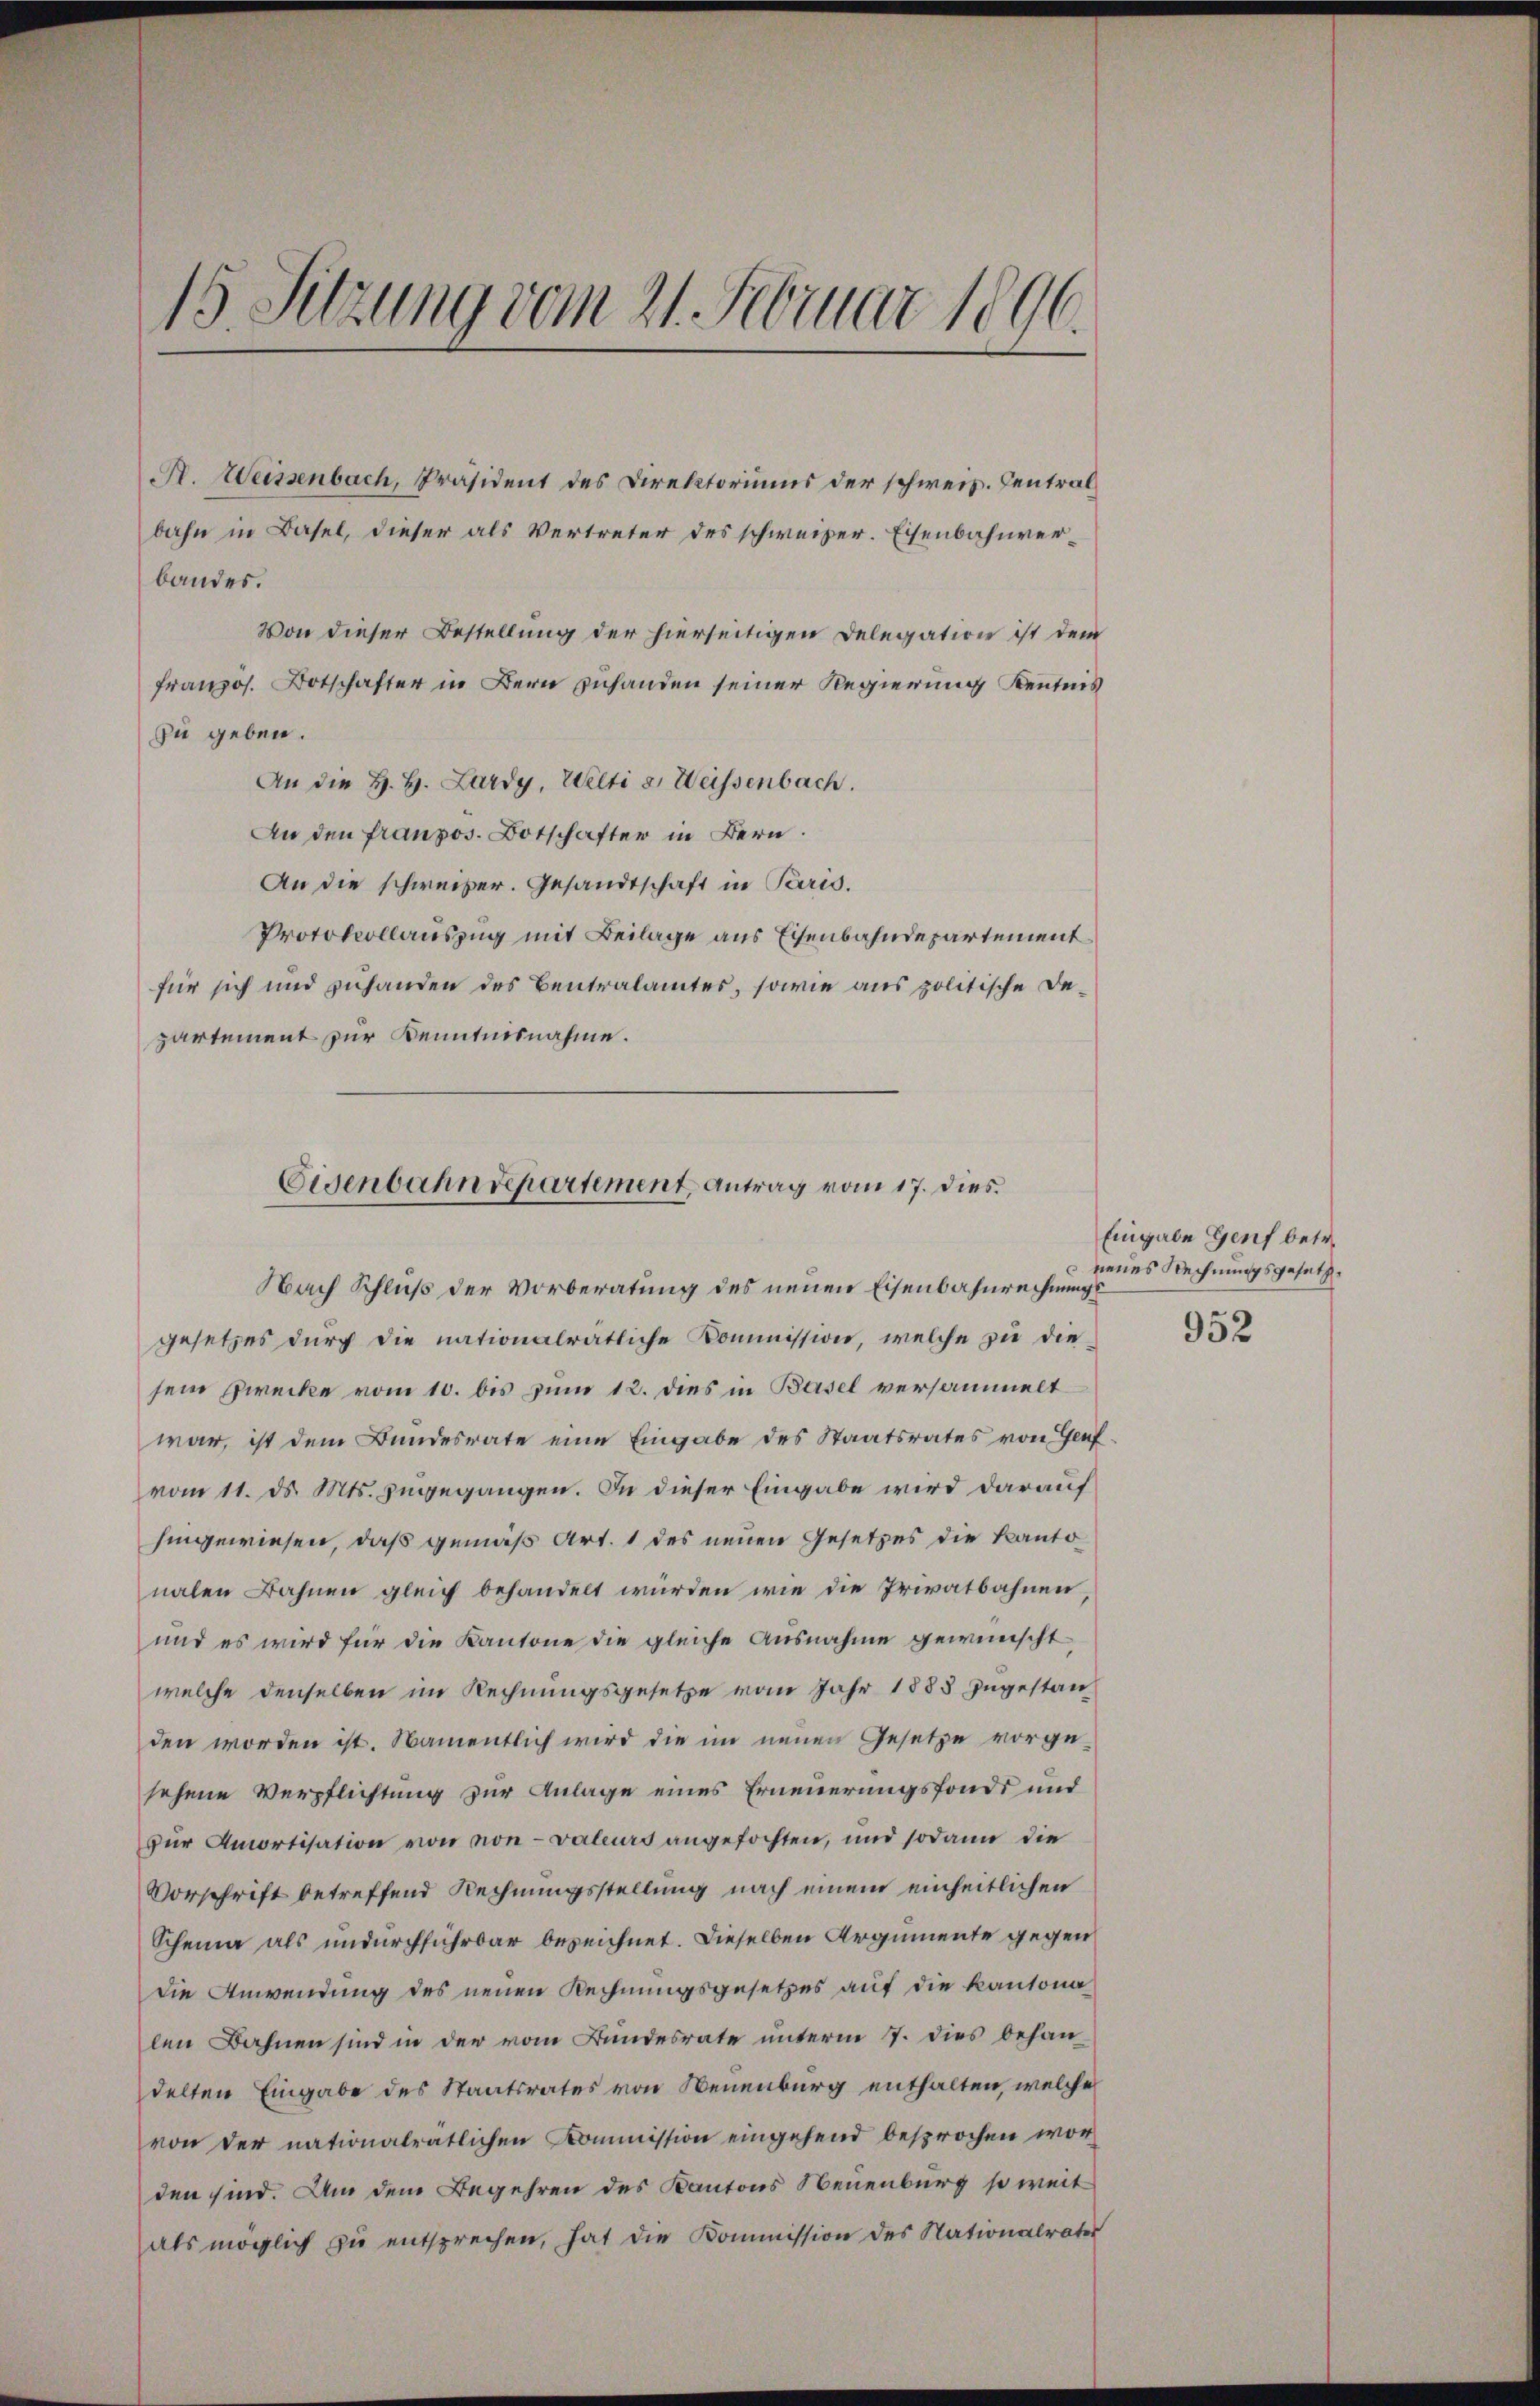
15. Sitzung vom 21. Februar 1896.

A. Weissenbach, Präsident des Direktoriums der schweiz. Centralbahn in Basel, dieser als Vertreter des schweizer. Eisenbahnver¬
Von dieser Bestellung der hierseitigen Delegation ist dem
franzos. Botschafter in Bern zuhanden seiner Regierung Kenntnis
zu geben.
An die H. H. Lardy, Welti u. Weissenbach.
An den franzos. Botschafter in Bern.
An die schweizer. Gesandtschaft in Paris.
Protokollauszug mit Beilage aus Eisenbahndepartement
für sich und zuhanden des Bentralamtes, sowie aus politische Departement zur Kenntnisnahme.

bandes.

Eisenbahndepartement, Antrag vom 17. dies
Nach Schluß der Vorberatung des neuen Eisenbahnrechnungs

gesetzes durch die nationalrätliche Kommission, welche zu die
sein Zwecke vom 10. bis zum 12. dies in Basel versammelt
war, ist dem Bundesrate eine Eingabe des Staatsrates von Genfvom 11. ds. Mts. zugegangen. In dieser Eingabe wird darauf
hingewiesen, daß gemäß Art. 1 des neuen Gesetzes die Kantonalen Bahnen gleich behandelt wurden wie die Privatbahnen
und es wird für die Kantone die gleiche Ausnahme gewünscht
welche denselben im Rechnungsgesetze vom Jahr 1883 zugestan
den worden ist. Namentlich wird die im neuen Gesetze vorge-
sehene Verpflichtung zur Anlage eines Erneuerungsfonds und
zur Amortisation von von valeurs angefochten, und sodann die
Vorschrift betreffend Rechnungsstellung nach einem einheitlichen
Scheina als undurchführbar bezeichnet. Dieselben Argumente gegen
die Anwendung des neuen Rechnungsgesetzes auf die Kantona
len Bahnen sind in der vom Bundesrate unterm 17. dies behandelten Eingabe des Staatsrates von Neuenburg enthalten, welche
von der nationalratlichen Kommission eingehend besprochen wor
den sind. Um dem Begehren des Kantons Neuenburg so weit
als möglich zŭ entsprechen, hat die Kommission des Nationalrater

Eingabe Genf betr.
 neues Rechnungsgesetz
952